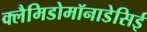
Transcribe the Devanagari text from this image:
क्लैमिडोमॉनाडेसिई